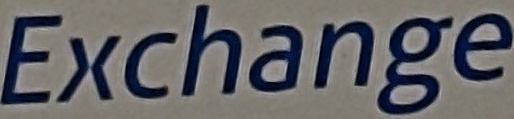
Exchange